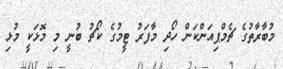
މުބާރާތުގެ ޗެމްޕިއަންކަން ހޯދި މާފަރު ޓީމުގެ ކޯޗު ބުނީ މި މޮޅަކީ މުޅި